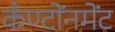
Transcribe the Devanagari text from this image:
कँण्टोंनमेंट